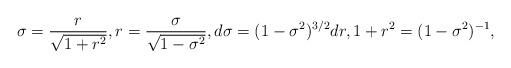
LaTeX: \begin{align*} \sigma=\frac{r}{\sqrt{1+r^2}},r=\frac{\sigma}{\sqrt{1-\sigma^2}}, d\sigma=(1-\sigma^2)^{3/2} dr,1+r^2=(1-\sigma^2)^{-1},\end{align*}